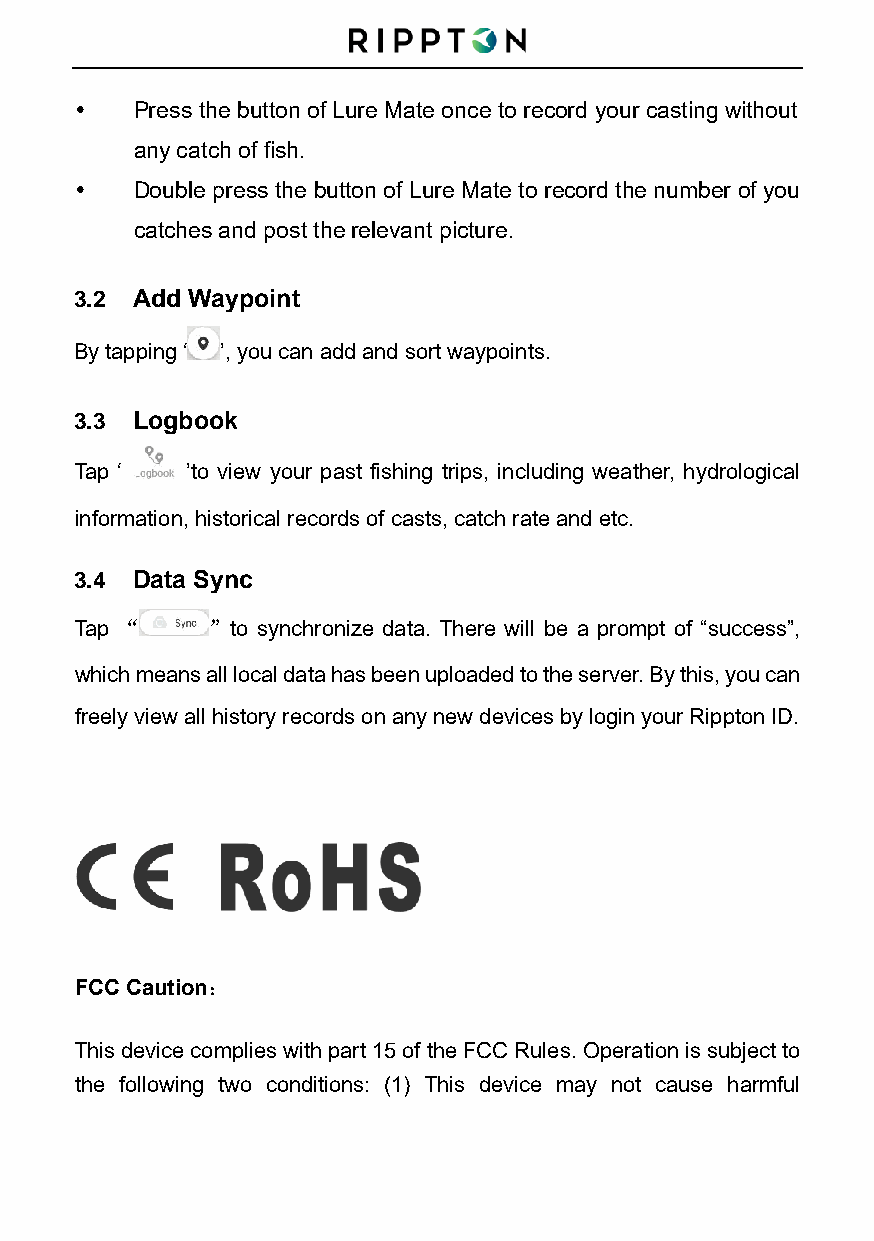
   Press the button of Lure Mate once to record your casting without
 any catch of fish.
    Double press the button of Lure Mate to record the number of you
 catches and post the relevant picture.
 3.2 Add Waypoint
 By tapping ‘ ’, you can add and sort waypoints.
 3.3 Logbook
 Tap ‘  ’to view your past fishing trips, including weather, hydrological
 information, historical records of casts, catch rate and etc.
 3.4 Data Sync
 Tap “    ”to synchronize data. There will be a prompt of “success”,
 which means all local data has been uploaded to the server. By this, you can
 freely view all history records on any new devices by login your Rippton ID.
 FCC Caution：
 This device complies with part 15 of the FCC Rules. Operation is subject to
 the following two conditions: (1) This device may not cause harmful